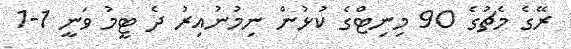
ރޭގެ މެޗުގެ 90 މިނިޓްގެ ކުޅުން ނިމުނުއިރު ދެ ޓީމު ވަނީ 1-1